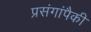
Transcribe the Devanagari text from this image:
प्रसंगांपैकी